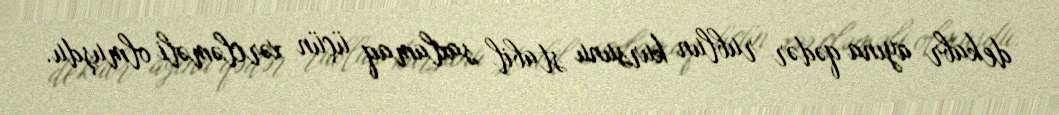
dekabr ayına qədər rublun kursunu stabil saxlamaq üçün xərcləməli olmuşdu.